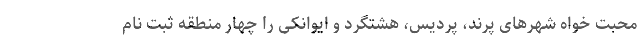
محبت خواه شهرهای پرند، پردیس، هشتگرد و ایوانکی را چهار منطقه ثبت نام